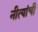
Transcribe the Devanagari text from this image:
नीत्यांची